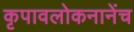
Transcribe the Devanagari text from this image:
कृपावलोकनानेंच